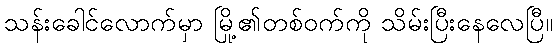
သန်းခေါင်လောက်မှာ မြို့၏တစ်ဝက်ကို သိမ်းပြီးနေလေပြီ။